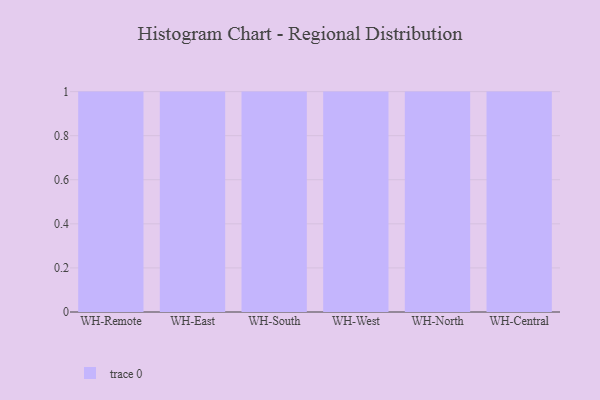
{"axis": {"x": "Warehouse", "y": "Budget (USD K)"}, "legend": [""], "data": [{"x": "WH-Remote", "y": 17, "type": ""}, {"x": "WH-East", "y": 11, "type": ""}, {"x": "WH-South", "y": 57, "type": ""}, {"x": "WH-West", "y": 39, "type": ""}, {"x": "WH-North", "y": 28, "type": ""}, {"x": "WH-Central", "y": 68, "type": ""}]}